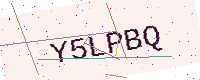
Text: Y5LPBQ